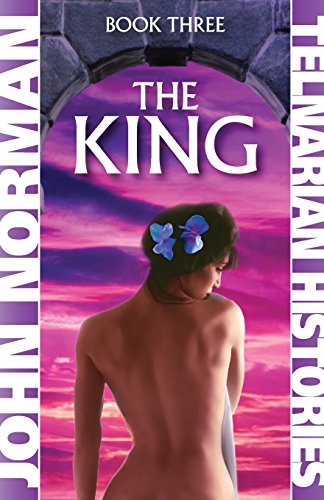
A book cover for The King (Telnarian Histories); John Norman; Literature & Fiction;